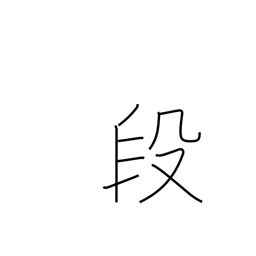
Meaning: stairs